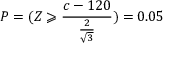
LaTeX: P = ( Z \geqslant { \frac { c - 1 2 0 } { \frac { 2 } { \sqrt { 3 } } } } ) = 0 . 0 5